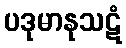
ပဒုမာနုသဋံ